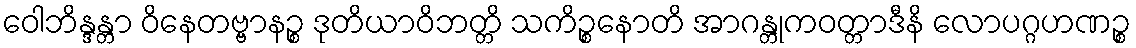
ဝေါဘိန္ဒန္တာ ဝိနေတဗ္ဗာနဉ္စ ဒုတိယာဝိဘတ္တိ သကိဉ္စနောတိ အာဂန္တုကဝတ္တာဒီနိ လောပဂ္ဂဟဏဉ္စ